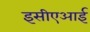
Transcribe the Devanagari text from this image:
इसीएआई